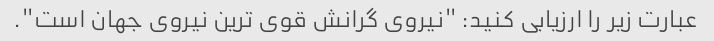
عبارت زیر را ارزیابی کنید: "نیروی گرانش قوی ترین نیروی جهان است".